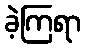
ခဲ့ကြရာ